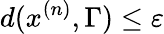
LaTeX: d(x^{(n)},\Gamma)\leq\varepsilon